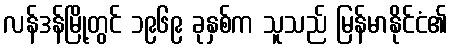
လန်ဒန်မြို့တွင် ၁၉၆၉ ခုနှစ်က သူသည် မြန်မာနိုင်ငံ၏